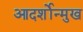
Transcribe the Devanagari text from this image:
आदर्शोन्‍मुख